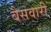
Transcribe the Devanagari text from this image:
बैसवारी